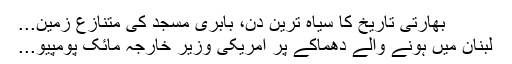
بھارتی تاریخ کا سیاہ ترین دن، بابری مسجد کی متنازع زمین...
لبنان میں ہونے والے دھماکے پر امریکی وزیر خارجہ مائک پومپیو...